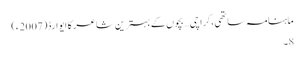
ماہنامہ ساتھی،کراچی… بچوں کے بہترین شاعر کا ایوارڈ(2007ء)
8۔